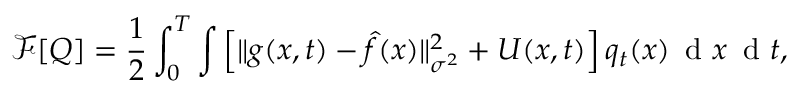
\mathcal { F } [ Q ] = \frac { 1 } { 2 } \int _ { 0 } ^ { T } \int \Big [ \| g ( x , t ) - \hat { f } ( x ) \| _ { \sigma ^ { 2 } } ^ { 2 } + U ( x , t ) \Big ] \, q _ { t } ( x ) \, \mathrm { ~ d ~ } x \, \mathrm { ~ d ~ } t ,